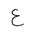
Letter: _ayn